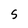
Character: 5